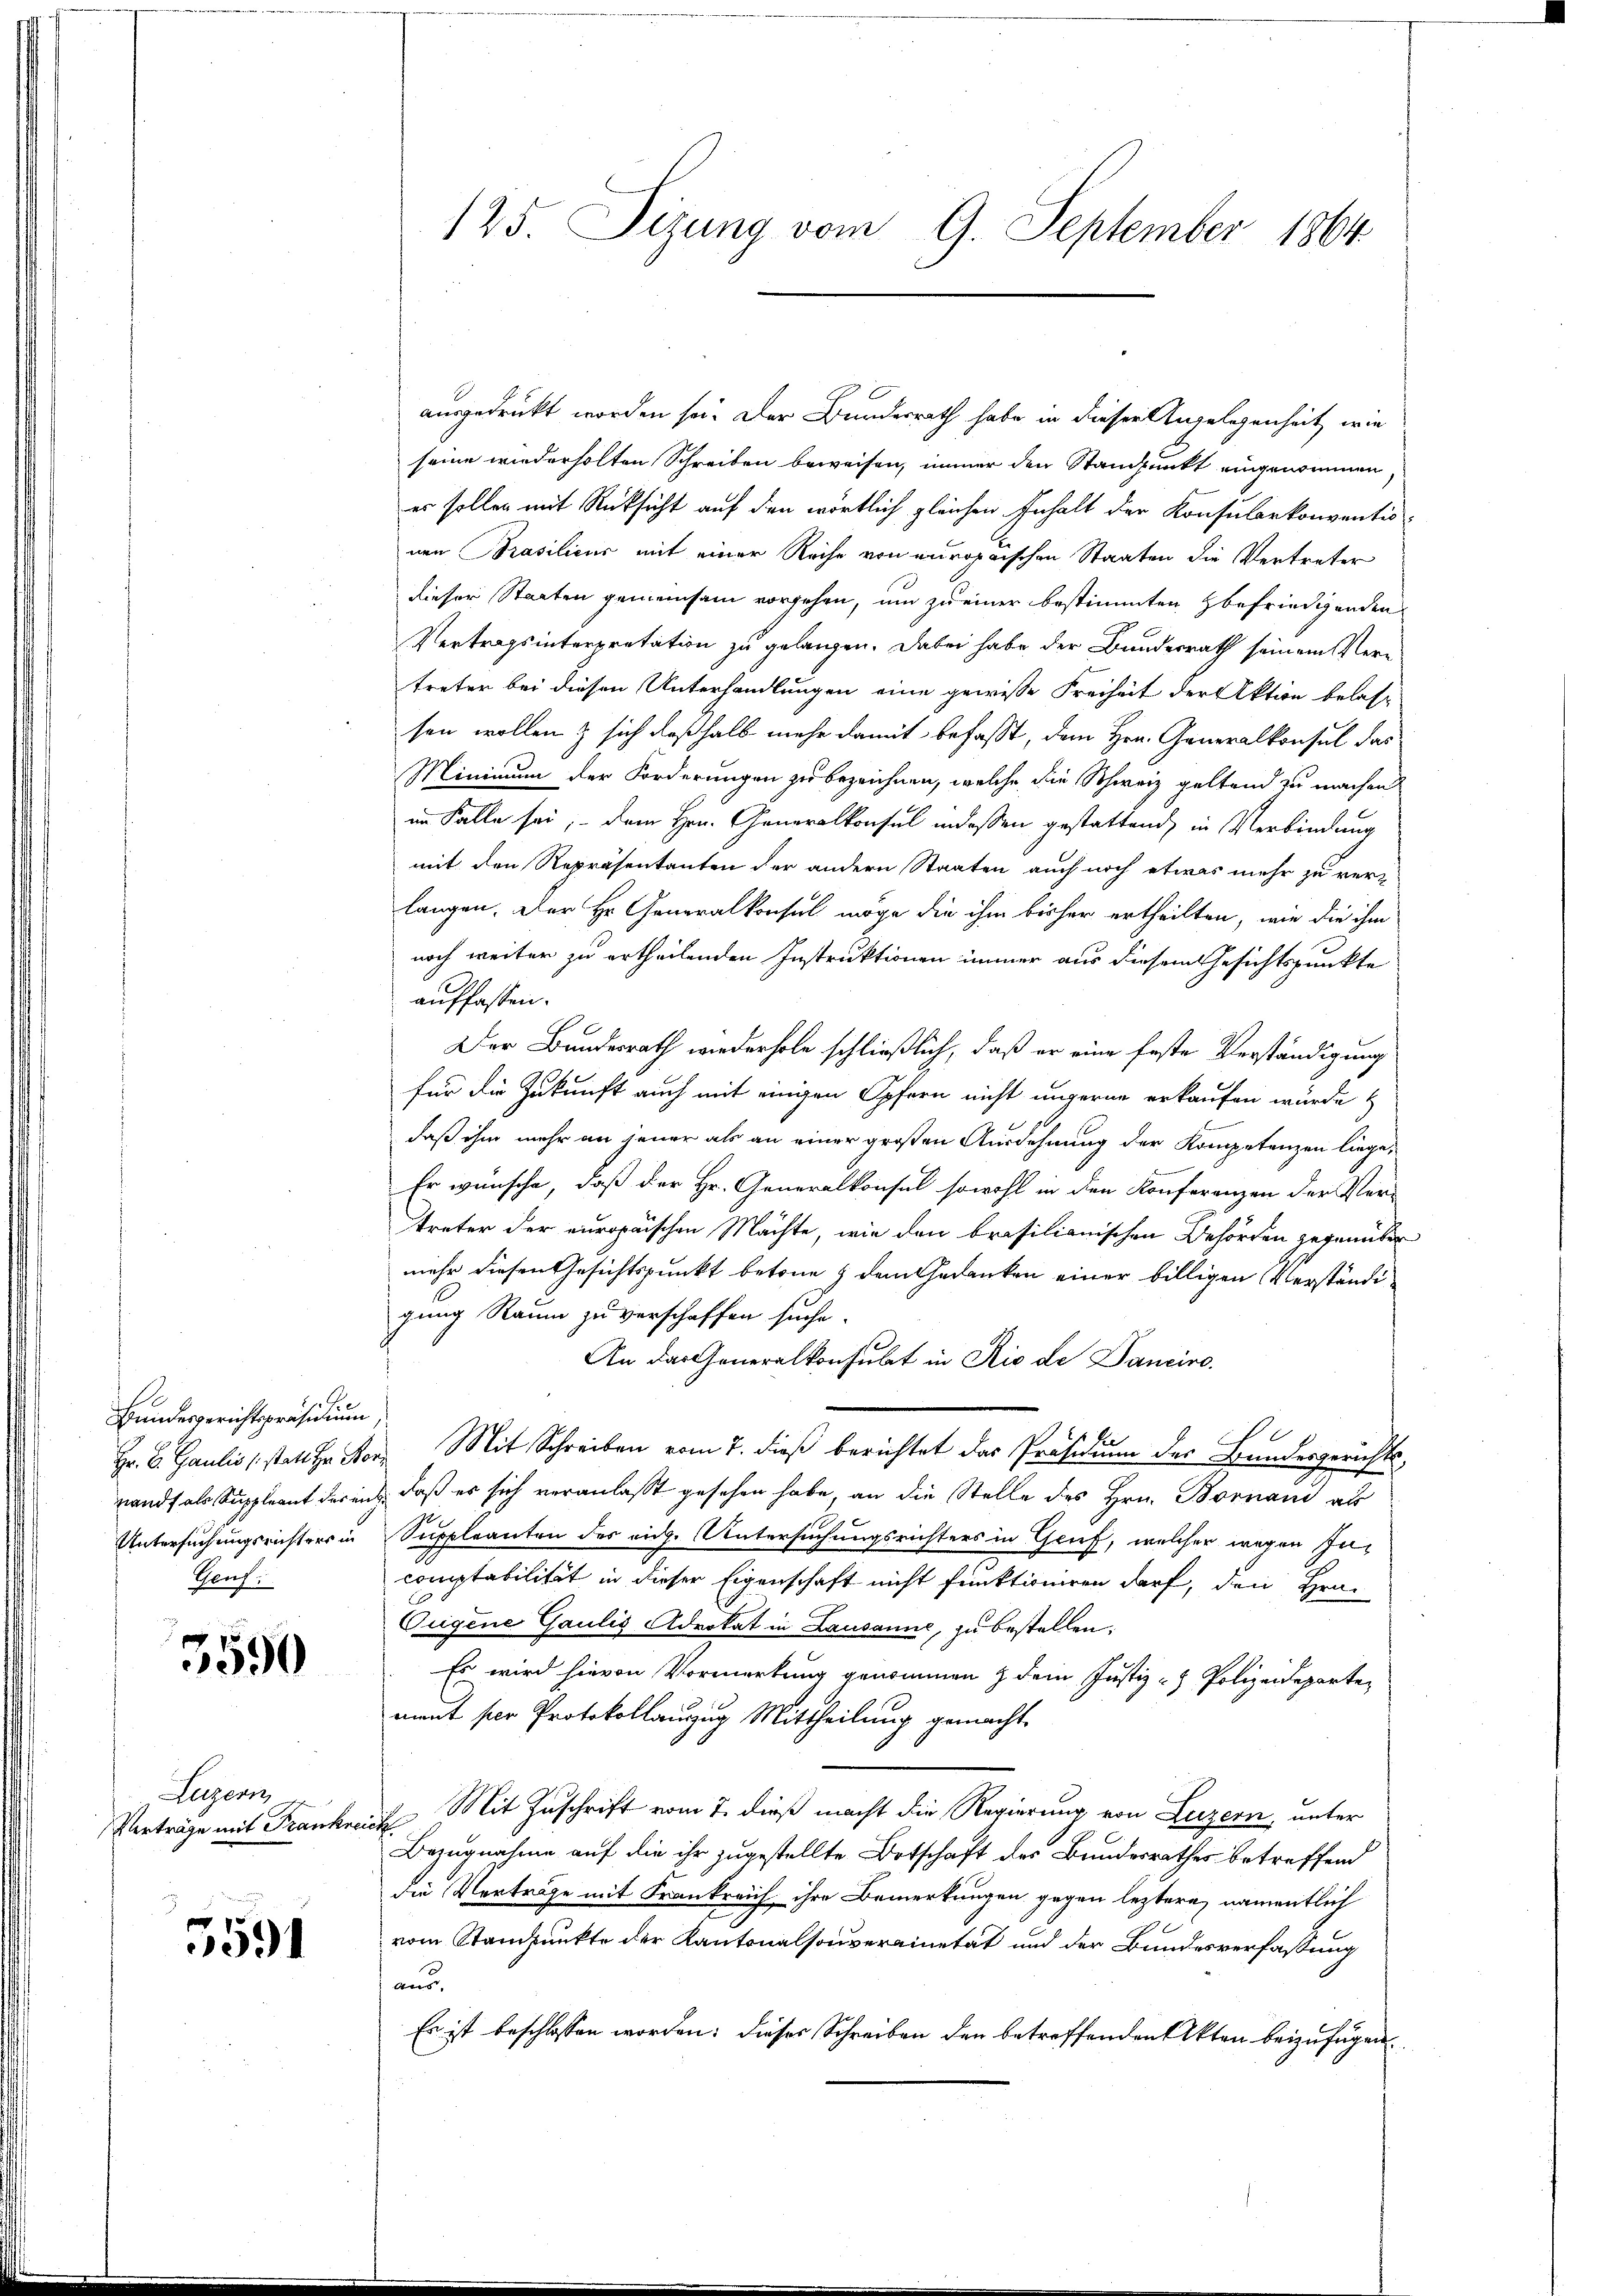
e
Bundesgerichtspräsidium,
Genf.

3590

Lugern,
Verträge mit Frankreich

5591

ausgedruckt worden sei. Der Bundesrath habe in dieser Angelegenheit, wie
seine wiederholten Schreiben beweisen, immer den Standpunkt eingenommen.
es sollen mit Rücksicht auf den wörtlich gleichen Inhalt der Konsularkonventis
nen Prasilicus mit einer Reihe von europaischen Staaten die Vertreter
dieser Staaten gemeinsam vorgehen, um zu einer bestimmten befriedigenden
Vertragsinterpretation zu gelangen. Dabei habe der Bundesrath seinem Vertreter bei diesen Unterhandlungen eine gewisse Freiheit der Aktion belassen wollen & sich deßhalb mehr damit befasst, dem Hrn. Generalkonsul das
Minimum der Forderungen zu bezeichnen, welche die Schweiz geltend zu machen
im Falle sei, dem Hrn. Generalkonsul indessen gestattend, in Verbindung
mit den Repräsentanten der andern Staaten auch noch etwas mehr zu ver-
langen. Der Hr. Generalkonsul möge die ihm bisher ertheilten, wie die ihm
noch weiter zu ertheilenden Instruktionen immer aus diesem Gesichtspunkte
auffassen.
Der Bundesrath wiederhole schließlich, daß er eine feste Verständigung
für die Zukunft auch mit einigen Opfern nicht ungerne erkaufen wurde &
daß ihm mehr an jener als an einer großen Ausdehnung der Kompetenzen liege,
Er wünsche, daß der Hr. Generalkonsul sowohl in den Konferenzen der Ver-
treter der europaischen Machte, wie den brasilianischen Behörden gegenüber
mehr diesen Gesichtspunkt betone & dem Gedanken einer billigen Verständigung Raum zu verschaffen suche.
An das Generalkonsulat in Rio de Danciro.
x
Hr. C. Paulis (statt zu Ster Mit Schreiben vom 7. dieß berichtet das Präsidium des Bundesgerichts¬
Landt als Suppleant der auch, daß es sich veranlaßt gesehen habe an die Stelle des Hrn. Bornand als
Untersuchungsrichters in Suppleanten des eidg. Untersuchungsrichters in Gruf, welcher wegen Incomptabilität in dieser Eigenschaft nicht funktioniren darf, den Hrn.
Ougene Gaulis Advokat in Lausanne, zu bestellen.
Es wird hievon Vormerkung genommen & dem Justiz- & Polizeidepartement per Protokollanzug Mittheilung gemacht.
Mit Zuschrift vom 7. dieß macht die Regierung von Luzern, unter
Bezugnahme auf die ihr zugestellte Ortschaft des Bundesrathes betreffend
die Verträge mit Frankreich ihre Bemerkungen gegen leztere, namentlich
vom Standpunkte der Kantonalsouverainetät und der Bundesverfassung
aus.
Es ist beschlossen worden: dieses Schreiben den betreffenden Akten beizufügen

125. Sizung vom 9. September 1864